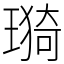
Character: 𤨦